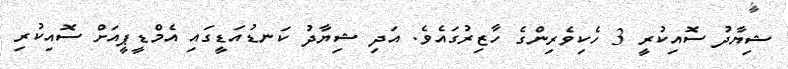
ޝިޔާދު ސޮއިކުރީ 3 ހެކިވެރިންގެ ހާޒިރުގައެވެ. އަދި ޝިޔާދު ކަނޑުއަޑީގައި އެމްޑީޕީއަށް ސޮއިކުރި